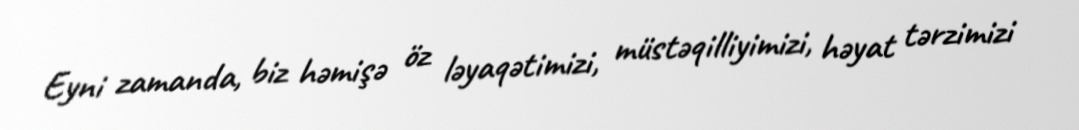
Eyni zamanda, biz həmişə öz ləyaqətimizi, müstəqilliyimizi, həyat tərzimizi